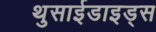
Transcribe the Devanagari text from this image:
थुसाईडाइड्स